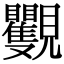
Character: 𧢭